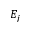
E _ { j }